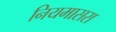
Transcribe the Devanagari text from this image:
नियमासरा